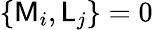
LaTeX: \{ \mathsf{M}_{i},\mathsf{L}_{j}\} =0